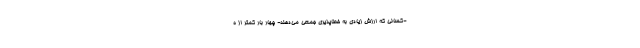
-کسانی که ارزش زیادی به خطاپذیری جمعی می‌دهند- چهار بار کمتر از ه